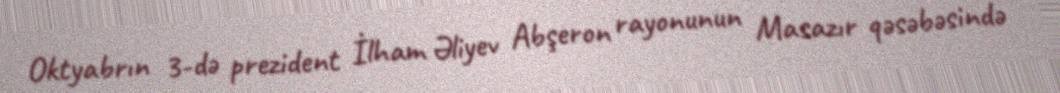
Oktyabrın 3-də prezident İlham Əliyev Abşeron rayonunun Masazır qəsəbəsində